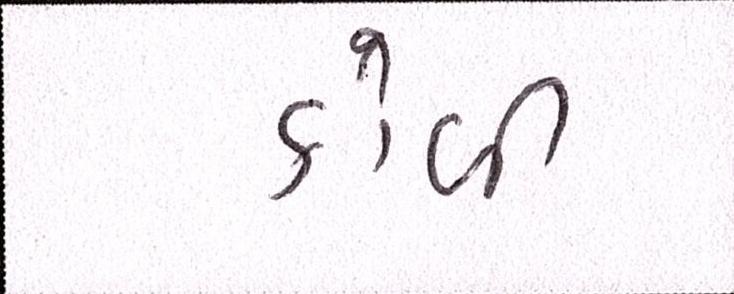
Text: કોળી